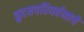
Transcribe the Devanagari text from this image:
हृदयपरिवर्तनाचे